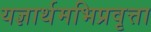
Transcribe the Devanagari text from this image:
यज्ञार्थमभिप्रवृत्ता